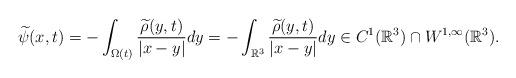
LaTeX: \begin{align*}\widetilde{\psi}(x, t)=-\int_{\Omega(t)}\frac{\widetilde{\rho}(y, t)}{|x-y|}dy=-\int_{\mathbb{R}^3}\frac{\widetilde{\rho}(y, t)}{|x-y|}dy\in C^1(\mathbb{R}^3)\cap W^{1, \infty}(\mathbb{R}^3). \end{align*}